Scientific memoirs by medical officers of the Army of India - Part VI,
Year: 1891
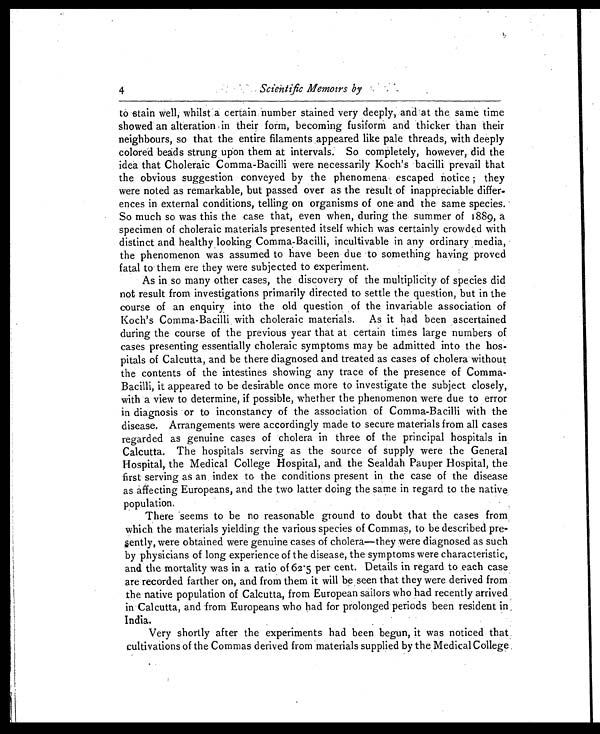
4
Scientific Memoirs by
to stain well, whilst a certain number stained very deeply, and at the, same time
showed an alteration in their form, becoming fusiform and thicker than their
neighbours, so that the entire filaments appeared like pale threads, with deeply
colored beads strung upon them at intervals. So completely, however, did the
idea that Choleraic Comma-Bacilli were necessarily Koch's bacilli prevail that
the obvious suggestion conveyed by the phenomena escaped notice ; they
were noted as remarkable, but passed over as the result of inappreciable differ-
ences in external conditions, telling on organisms of one and the same species.
So much so was this the case that, even when, during the summer of 1889, a
specimen of choleraic materials presented itself which was certainly crowded with
distinct and healthy looking Comma-Bacilli, incultivable in any ordinary media,
the phenomenon was assumed to have been due to something having proved
fatal to' them ere they were subjected to experiment.
As in so many other cases, the discovery of the multiplicity of species did
not result from investigations primarily directed to settle the question, but in the
course of an enquiry into the old question of the invariable association of
Koch's Comma-Bacilli, with choleraic materials. As it had been ascertained
during the course of the previous year that at certain times large numbers of
cases presenting essentially choleraic symptoms may be admitted into the hos-
pitals of Calcutta, and be there diagnosed and treated as cases of cholera without
the contents of the intestines showing any trace of the presence of Comma-
Bacilli, it appeared to be desirable once more to investigate the subject closely,
with a view to determine, if possible, whether the phenomenon were due to error
in diagnosis or to inconstancy of the association of Comma-Bacilli with the
disease. Arrangements were accordingly made to secure materials from all cases
regarded as genuine cases of cholera in three of the principal hospitals in
Calcutta. The hospitals serving as the source of supply were the General
Hospital, the Medical College Hospital, and the Sealdah Pauper Hospital, the
first serving as an, index to the conditions present in the case of the disease
as affecting Europeans, and the two latter doing the same in regard to the native
p o p u l a t i o n .
There seems to be no reasonable ground to doubt that the cases from
which the materials yielding the various species of Commas, to be described pre-
sently, were obtained were genuine cases of cholera—they were diagnosed as such
by physicians of long experience of the disease, the symptoms were characteristic,
and the mortality was in a ratio of 62.5 per cent. Details in regard to each case
are recorded farther on, and from them it will be seen that they were derived from
the native population of Calcutta, from European sailors who had recently arrived
in Calcutta, and from Europeans who had for prolonged periods been resident in
India.
Very shortly after the experiments had been begun, it was noticed tnat
cultivations of the Commas derived from materials supplied by the . Medical College